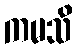
ကမသိ